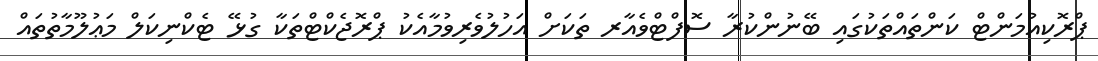
ޕްރޮކިއުމަންޓް ކަންތައްތަކުގައި ބޭނުންކުރާ ސޮފްޓްވެއާރ ތަކަށް އަހުލުވެރިވުމާއެކު ޕްރޮޖެކްޓްތަކާ ގުޅޭ ޓެކްނިކަލް މަޢުލޫމާތުތައް